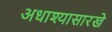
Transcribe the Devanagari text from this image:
अधाश्यासारखे